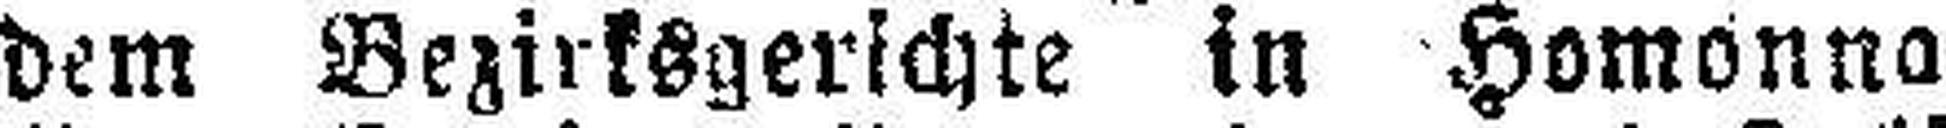
dem Bezirksgerichte in Homonna